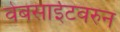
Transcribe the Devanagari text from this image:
वेबसाईटवरुन